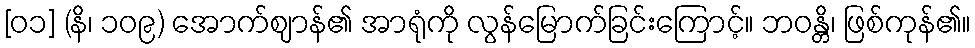
[၀၁] (နိ၊ ၁၀၉) အောက်ဈာန်၏ အာရုံကို လွန်မြောက်ခြင်းကြောင့်။ ဘဝန္တိ၊ ဖြစ်ကုန်၏။